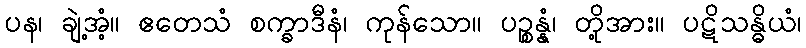
ပန၊ ချဲ့အံ့။ ဧတေသံ စက္ခာဒီနံ၊ ကုန်သော။ ပဉ္စန္နံ၊ တို့အား။ ပဋိသန္ဓိယံ၊